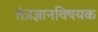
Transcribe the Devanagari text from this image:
तंत्रज्ञानविषयक